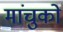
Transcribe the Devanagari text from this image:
मांचुको